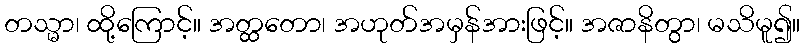
တသ္မာ၊ ထို့ကြောင့်။ အတ္ထတော၊ အဟုတ်အမှန်အားဖြင့်။ အဇာနိတွာ၊ မသိမူ၍။